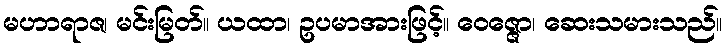
မဟာရာဇ၊ မင်းမြတ်။ ယထာ၊ ဥပမာအားဖြင့်။ ဝေဇ္ဇော၊ ဆေးသမားသည်။